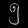
Digit: ၅